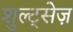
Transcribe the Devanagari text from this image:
शुल्ट्सेज़